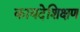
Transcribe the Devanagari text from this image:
कायदेशिक्षण